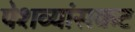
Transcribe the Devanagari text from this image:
पेशव्यांसकट